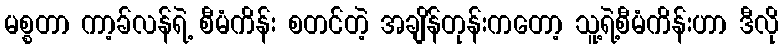
မစ္စတာ ကာ့ခ်လန်ရဲ့ စီမံကိန်း စတင်တဲ့ အချိန်တုန်းကတော့ သူ့ရဲ့စီမံကိန်းဟာ ဒီလို